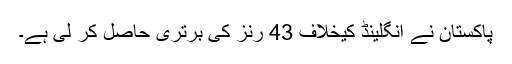
پاکستان نے انگلینڈ کیخلاف 43 رنز کی برتری حاصل کر لی ہے۔